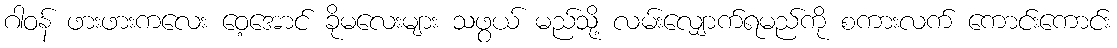
ဂါဝန် ဖားဖားကလေး ဝေ့အောင် ခိုမလေးများ သဖွယ် မည်သို့ လမ်းလျှောက်ရမည်ကို စကားလက် ကောင်းကောင်း